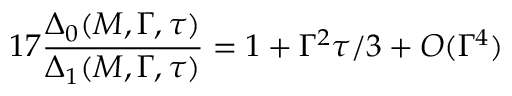
1 7 \frac { \Delta _ { 0 } ( M , \Gamma , \tau ) } { \Delta _ { 1 } ( M , \Gamma , \tau ) } = 1 + \Gamma ^ { 2 } \tau / 3 + O ( \Gamma ^ { 4 } )